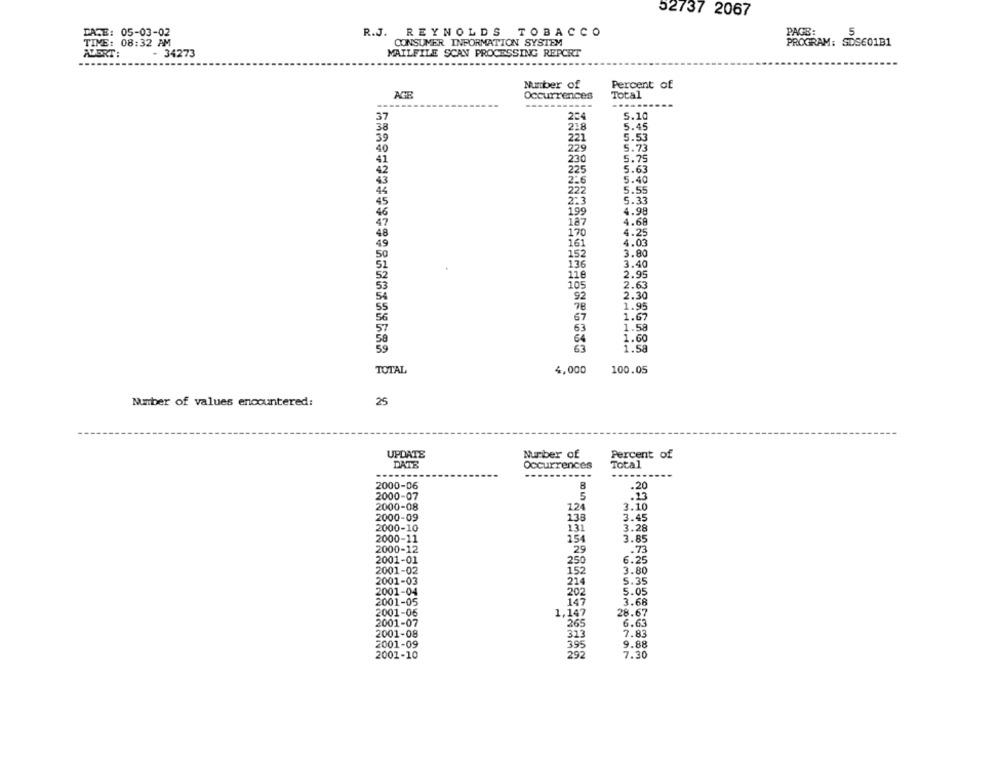
52737 2067
R.J. REYNOLDS TOBACCO
PAGE:
5
05-03-02
TIME: 08:32 AM
CONSUMER INFORMATION SYSTEM
PROGRAM: SDS601B1
ATORT:
- 34273
MAILFILE SCAN PROCESSING REPORT
----
Percent of
Number of
AGE
Occurrences
Total
234
37
5.10
218
5.45
221
5.53
229
5.73
230
5.75
225
5.63
2-6
5.40
222
5.55
2:3
5.33
199
4.98
187
4.68
170
4.25
4.03
161
152
3.80
136
3.40
2.95
118
105
2.63
92
2.30
78
1.95
67
1.67
1.58
63
64
1.60
63
1.58
TOTAL
4,000
100.05
Number of values encountered:
25
UPDATE
Number of
Percent of
DATE
Occurrences
Total
-------
2000-06
8
2000-07
5
2000-08
124
3.10
2000-09
138
3.45
2000-10
131
3.28
2000-11
154
3.85
2000-12
29
.73
2001-01
250
6.25
2001-02
152
3.80
2001-03
214
5.35
2001-04
202
5.05
2001-05
147
3.68
2001-06
1,147
28.67
2001-07
265
6.63
2001-08
313
7.83
2001-09
395
9.88
2001-10
292
7.30